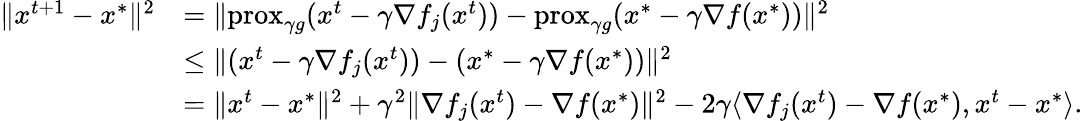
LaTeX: \begin{array}{rl}{\Vert x^{t+1}-x^{*}\Vert^{2}}&{=\Vert\mathrm{prox}_{\gamma g}(x^{t}-\gamma\nabla f_{j}(x^{t}))-\mathrm{prox}_{\gamma g}(x^{*}-\gamma\nabla f(x^{*}))\Vert^{2}}\\ &{\leq\Vert(x^{t}-\gamma\nabla f_{j}(x^{t}))-(x^{*}-\gamma\nabla f(x^{*}))\Vert^{2}}\\ &{=\Vert x^{t}-x^{*}\Vert^{2}+\gamma^{2}\Vert\nabla f_{j}(x^{t})-\nabla f(x^{*})\Vert^{2}-2\gamma\langle\nabla f_{j}(x^{t})-\nabla f(x^{*}),x^{t}-x^{*}\rangle.}\end{array}